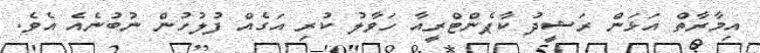
އިމާރާތް އަޅަން ރަޝީދު ކާޕެންޓްރީއާ ހަވާލު ކުރި އަގެއް ފުލުހުން ނުބުނެއެ އެވެ.